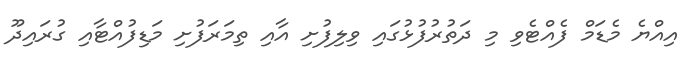
އިއްޔެ މެޑަމް ފެއްޓެވި މި ދަތުރުފުޅުގައި ވިލިފުށި އާއި ތިމަރަފުށި މަޑިފުއްޓާއި ގުރައިދޫ